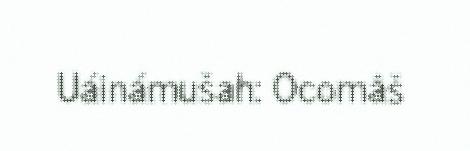
Uáinámušah: Ocomâš